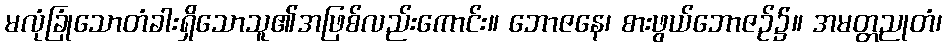
မလုံခြုံသောတံခါးရှိသောသူ၏အဖြစ်လည်းကောင်း။ ဘောဇနေ၊ စားဖွယ်ဘောဇဉ်၌။ အမတ္တညုတံ၊